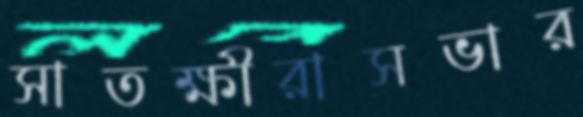
সাতক্ষীরাসভার